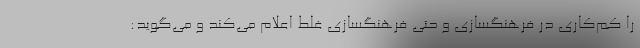
را کم‌کاری در فرهنگسازی و حتی فرهنگسازی غلط اعلام می‌کند و می‌گوید: